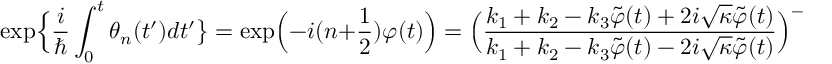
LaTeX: \exp \Bigl \{ \frac { i } { \hbar } \int _ { 0 } ^ { t } \theta _ { n } ( t ^ { \prime } ) d t ^ { \prime } \bigr \} = \exp \Bigl ( - i ( n + \frac { 1 } { 2 } ) \varphi ( t ) \Bigr ) = \Bigl ( \frac { k _ { 1 } + k _ { 2 } - k _ { 3 } \tilde { \varphi } ( t ) + 2 i \sqrt { \kappa } \tilde { \varphi } ( t ) } { k _ { 1 } + k _ { 2 } - k _ { 3 } \tilde { \varphi } ( t ) - 2 i \sqrt { \kappa } \tilde { \varphi } ( t ) } \Bigr ) ^ { - ( n + \frac { 1 } { 2 } ) / 2 } .